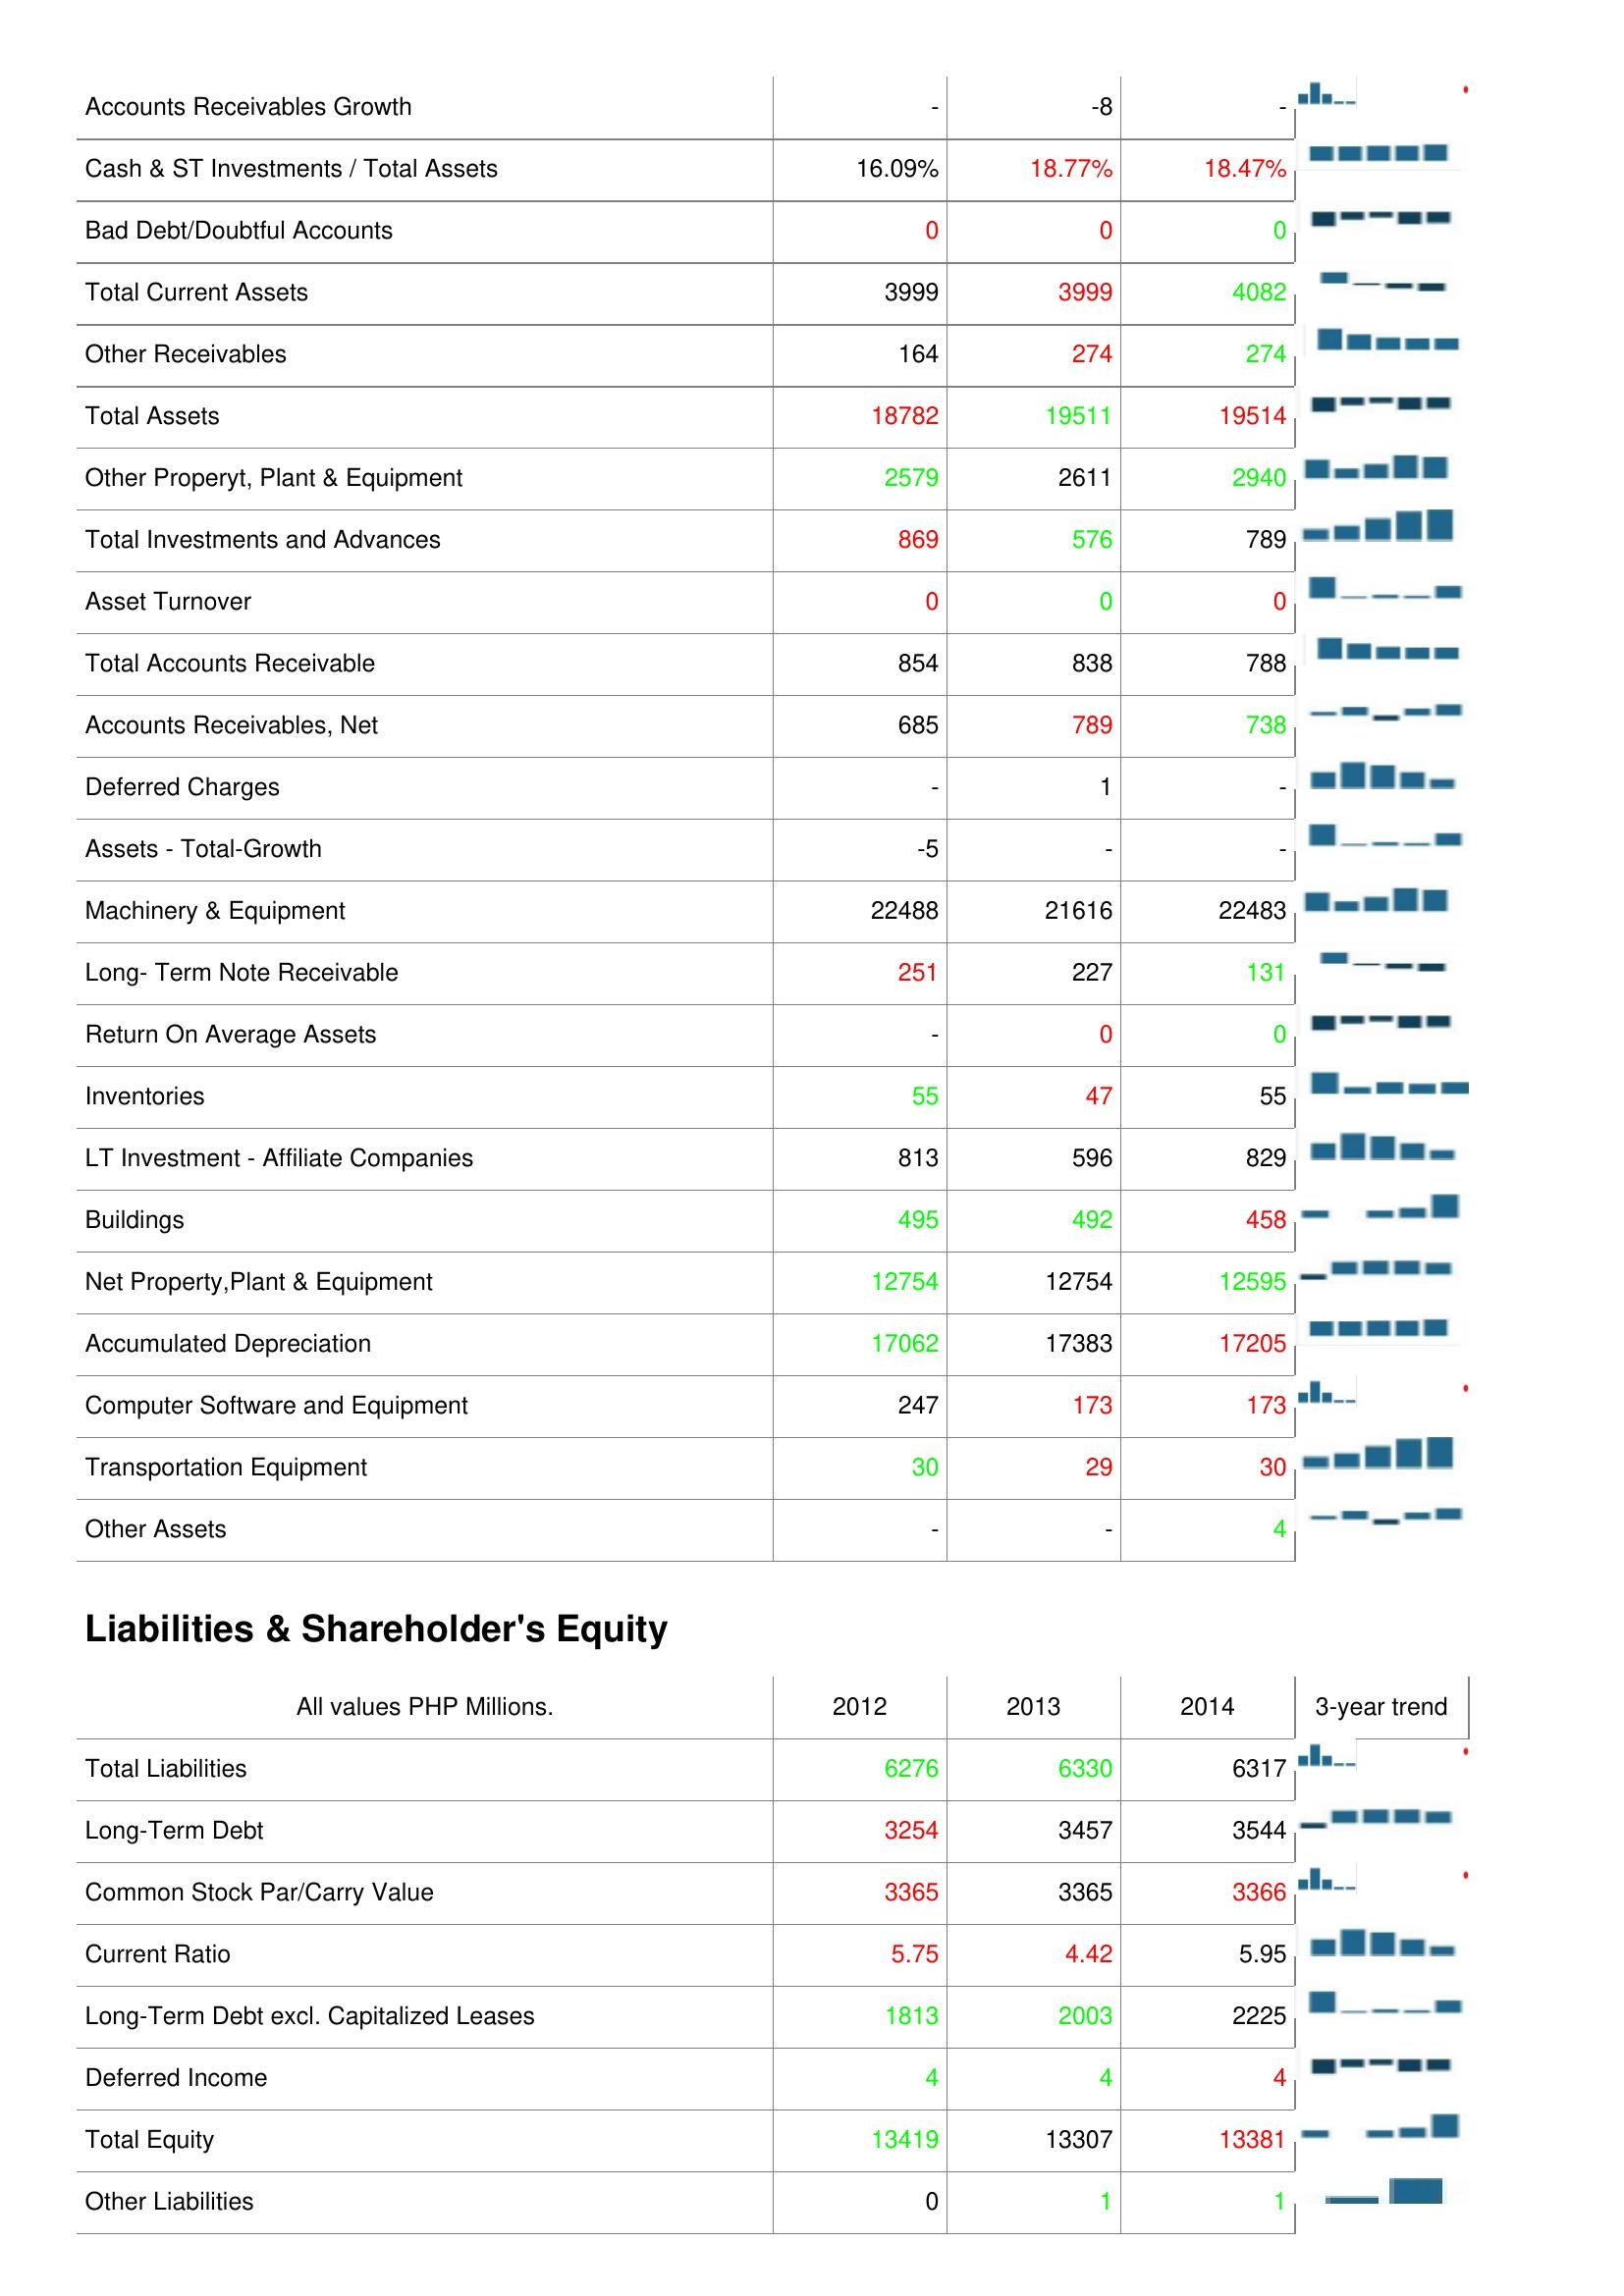
2012: Assets: Accounts Receivables Growth: -
Cash & ST Investments / Total Assets: 16.09%
Bad Debt/Doubtful Accounts: 0
Total Current Assets: 3999
Other Receivables: 164
Total Assets: 18782
Other Properyt, Plant & Equipment: 2579
Total Investments and Advances: 869
Asset Turnover: 0
Total Accounts Receivable: 854
Accounts Receivables, Net: 685
Deferred Charges: -
Assets - Total-Growth: -5
Machinery & Equipment: 22488
Long- Term Note Receivable: 251
Return On Average Assets: -
Inventories: 55
LT Investment - Affiliate Companies: 813
Buildings: 495
Net Property,Plant & Equipment: 12754
Accumulated Depreciation: 17062
Computer Software and Equipment: 247
Transportation Equipment: 30
Other Assets: -
Liabilities & Shareholder's Equity: Total Liabilities: 6276
Long-Term Debt: 3254
Common Stock Par/Carry Value: 3365
Current Ratio: 5.75
Long-Term Debt excl. Capitalized Leases: 1813
Deferred Income: 4
Total Equity: 13419
Other Liabilities: 0
2013: Assets: Accounts Receivables Growth: -8
Cash & ST Investments / Total Assets: 18.77%
Bad Debt/Doubtful Accounts: 0
Total Current Assets: 3999
Other Receivables: 274
Total Assets: 19511
Other Properyt, Plant & Equipment: 2611
Total Investments and Advances: 576
Asset Turnover: 0
Total Accounts Receivable: 838
Accounts Receivables, Net: 789
Deferred Charges: 1
Assets - Total-Growth: -
Machinery & Equipment: 21616
Long- Term Note Receivable: 227
Return On Average Assets: 0
Inventories: 47
LT Investment - Affiliate Companies: 596
Buildings: 492
Net Property,Plant & Equipment: 12754
Accumulated Depreciation: 17383
Computer Software and Equipment: 173
Transportation Equipment: 29
Other Assets: -
Liabilities & Shareholder's Equity: Total Liabilities: 6330
Long-Term Debt: 3457
Common Stock Par/Carry Value: 3365
Current Ratio: 4.42
Long-Term Debt excl. Capitalized Leases: 2003
Deferred Income: 4
Total Equity: 13307
Other Liabilities: 1
2014: Assets: Accounts Receivables Growth: -
Cash & ST Investments / Total Assets: 18.47%
Bad Debt/Doubtful Accounts: 0
Total Current Assets: 4082
Other Receivables: 274
Total Assets: 19514
Other Properyt, Plant & Equipment: 2940
Total Investments and Advances: 789
Asset Turnover: 0
Total Accounts Receivable: 788
Accounts Receivables, Net: 738
Deferred Charges: -
Assets - Total-Growth: -
Machinery & Equipment: 22483
Long- Term Note Receivable: 131
Return On Average Assets: 0
Inventories: 55
LT Investment - Affiliate Companies: 829
Buildings: 458
Net Property,Plant & Equipment: 12595
Accumulated Depreciation: 17205
Computer Software and Equipment: 173
Transportation Equipment: 30
Other Assets: 4
Liabilities & Shareholder's Equity: Total Liabilities: 6317
Long-Term Debt: 3544
Common Stock Par/Carry Value: 3366
Current Ratio: 5.95
Long-Term Debt excl. Capitalized Leases: 2225
Deferred Income: 4
Total Equity: 13381
Other Liabilities: 1